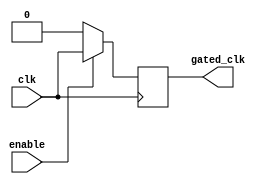
module clock_gating_buffer (
    input wire clk,      // Primary clock input
    input wire enable,   // Control signal
    output reg gated_clk // Output gated clock
);

// Always block to handle clock gating based on the enable signal
always @(posedge clk) begin
    if (enable) begin
        gated_clk <= clk; // Pass the clock through when enabled
    end else begin
        gated_clk <= 1'b0; // Gate off the clock when disabled
    end
end

endmodule